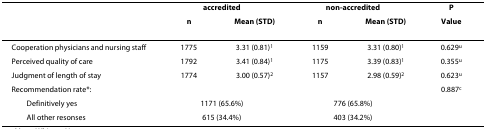
|  | <COLSPAN=2> accredited | <COLSPAN=2> non-accredited | P |
 |  | n | Mean (STD) | n | Mean (STD) | Value |
 | --- | --- | --- | --- | --- | --- |
 | Cooperation physicians and nursing staff | 1775 | 3.31 (0.81)1 | 1159 | 3.31 (0.80)1 | 0.629u |
 | Perceived quality of care | 1792 | 3.41 (0.84)1 | 1175 | 3.39 (0.83)1 | 0.355u |
 | Judgment of length of stay | 1774 | 3.00 (0.57)2 | 1157 | 2.98 (0.59)2 | 0.623u |
 | Recommendation rate*: |  |  |  |  | 0.887c |
 | Definitively yes | <COLSPAN=2> 1171 (65.6%) | <COLSPAN=2> 776 (65.8%) |  |
 | All other resonses | <COLSPAN=2> 615 (34.4%) | <COLSPAN=2> 403 (34.2%) |  |